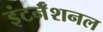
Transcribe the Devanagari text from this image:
इंटर्नॅशनल